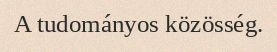
A tudományos közösség.